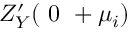
Z _ { Y } ^ { \prime } ( { \mathrm { ~ 0 ~ } + \mu _ { i } } )